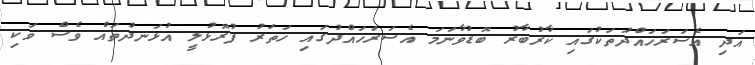
އަދި އެސަރަހައްދަުތަކުގައި ކާރުބާރު ބޮޑުވާނަމަ އެސަރަހައްދުގައި ހަތަރު ފުރޮޅުލީ އުޅަނދުތައް ވެސް ވަކި